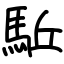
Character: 駈